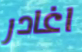
اغادر